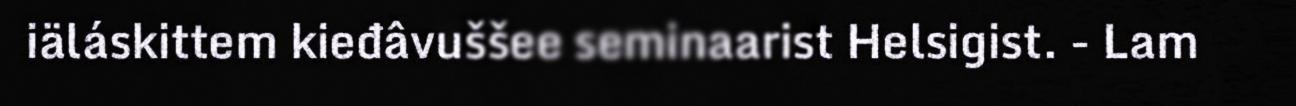
iäláskittem kieđâvuššee seminaarist Helsigist. - Lam